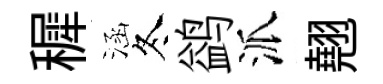
穉涵冬鹢派翹